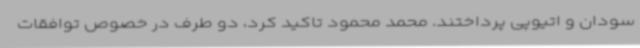
سودان و اتیوپی پرداختند. محمد محمود تاکید کرد، دو طرف در خصوص توافقات